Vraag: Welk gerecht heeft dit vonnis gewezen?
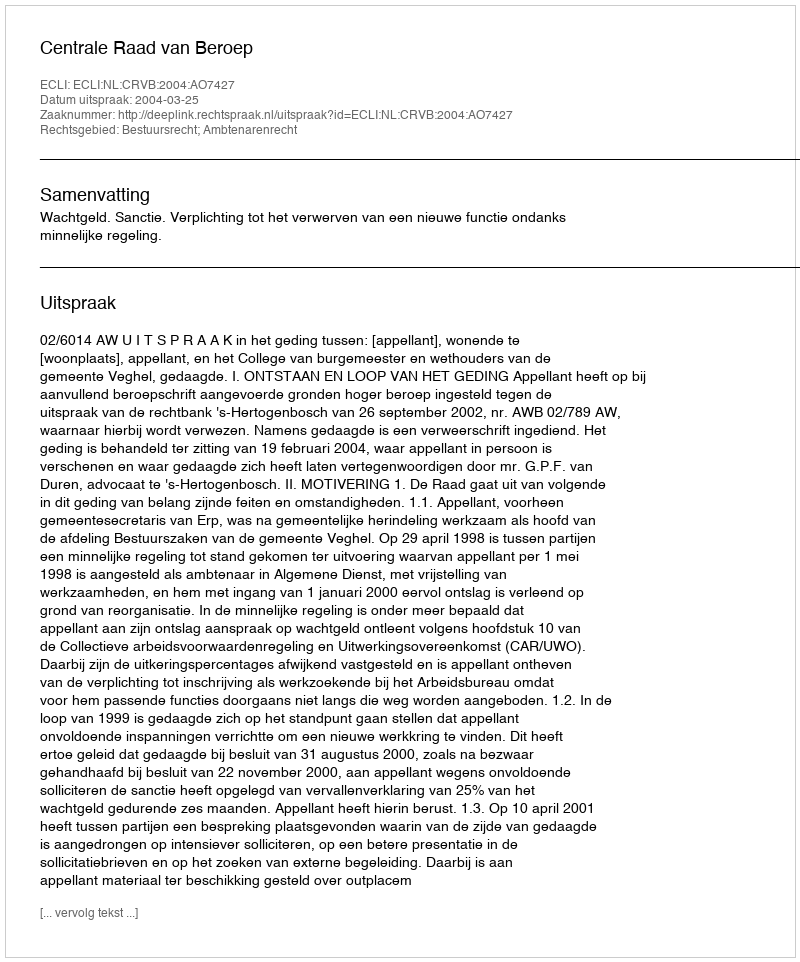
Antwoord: Centrale Raad van Beroep